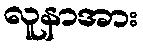
လူနာအား